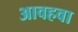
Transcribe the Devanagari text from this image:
आवहवा